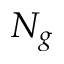
N _ { g }